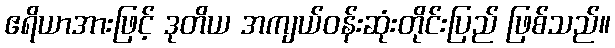
ဧရိယာအားဖြင့် ဒုတိယ အကျယ်ဝန်းဆုံးတိုင်းပြည် ဖြစ်သည်။